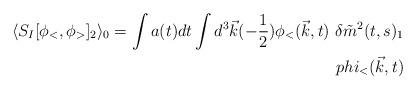
LaTeX: \begin{align*}\langle S_I[\phi_<,\phi_> ]_2 \rangle _0= \int a(t)dt \int d^3 \vec{k} (-\frac{1}{2})\phi_<(\vec{k},t) \ \delta \tilde{m}^2(t,s)_1 \\phi_<(\vec{k},t)\end{align*}